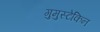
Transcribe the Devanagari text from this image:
गुमुस्टेकिन